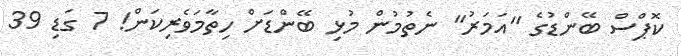
ކޮޕްސް ބޭންޑުގެ "އަމަރު" ނެތުމުން މުޅި ބޭންޑަށް ހިތާމަވެރިކަން! 7 ގަޑި 39